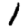
Digit: 1